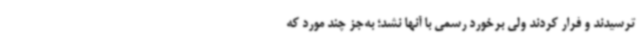
ترسیدند و فرار کردند ولی برخورد رسمی با آنها نشد؛ به‌جز چند مورد که